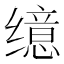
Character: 𫄷